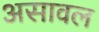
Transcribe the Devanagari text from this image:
असावल